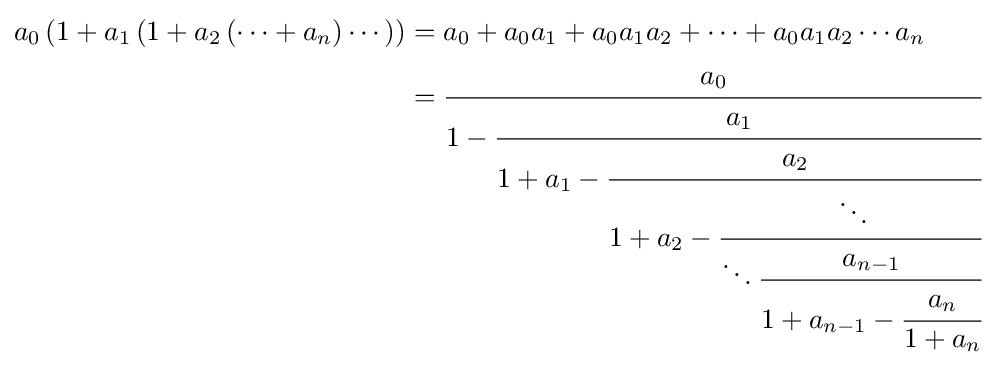
{\begin{aligned}a_{0}\left(1+a_{1}\left(1+a_{2}\left(\cdots +a_{n}\right)\cdots \right)\right)&=a_{0}+a_{0}a_{1}+a_{0}a_{1}a_{2}+\cdots +a_{0}a_{1}a_{2}\cdots a_{n}\\&={\cfrac {a_{0}}{1-{\cfrac {a_{1}}{1+a_{1}-{\cfrac {a_{2}}{1+a_{2}-{\cfrac {\ddots }{\ddots {\cfrac {a_{n-1}}{1+a_{n-1}-{\cfrac {a_{n}}{1+a_{n}}}}}}}}}}}}}\,\end{aligned}}